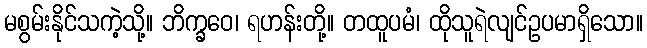
မစွမ်းနိုင်သကဲ့သို့။ ဘိက္ခဝေ၊ ရဟန်းတို့။ တထူပမံ၊ ထိုသူရဲလျင်ဥပမာရှိသော။